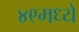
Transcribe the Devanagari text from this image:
४९मध्ये